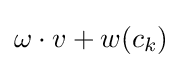
\omega \cdot v+w(c_{k})